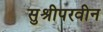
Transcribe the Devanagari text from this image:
सुश्रीपरवीन